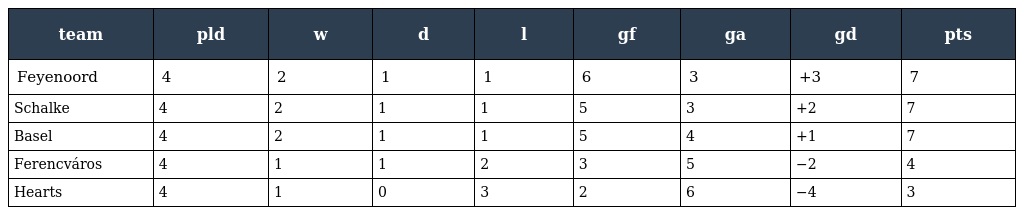
| team | pld | w | d | l | gf | ga | gd | pts |
 | --- | --- | --- | --- | --- | --- | --- | --- | --- |
 | Feyenoord | 4 | 2 | 1 | 1 | 6 | 3 | +3 | 7 |
 | Schalke | 4 | 2 | 1 | 1 | 5 | 3 | +2 | 7 |
 | Basel | 4 | 2 | 1 | 1 | 5 | 4 | +1 | 7 |
 | Ferencváros | 4 | 1 | 1 | 2 | 3 | 5 | −2 | 4 |
 | Hearts | 4 | 1 | 0 | 3 | 2 | 6 | −4 | 3 |